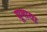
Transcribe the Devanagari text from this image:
घूमाया